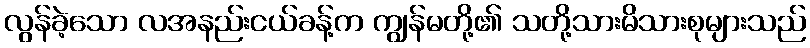
လွန်ခဲ့သော လအနည်းငယ်ခန့်က ကျွန်မတို့၏ သတို့သားမိသားစုများသည်